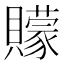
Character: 𮚩